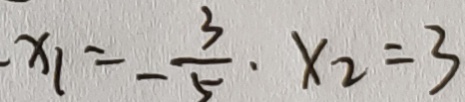
x _ { 1 } = - \frac { 3 } { 5 } \cdot x _ { 2 } = 3